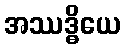
အဿဒ္ဓိယေ